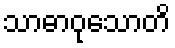
သာဓာဝုသောတိ